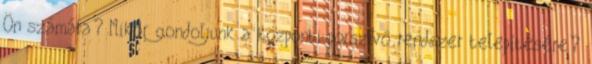
Ön számára? Mikor gondoljunk a központi porszívó rendszer telepítésére?